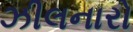
ઝીલનારો